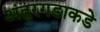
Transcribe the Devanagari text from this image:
अंतुरगडाकडे